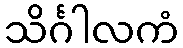
သိင်္ဂါလကံ